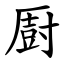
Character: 㕑